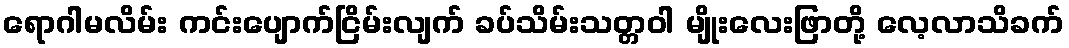
ရောဂါမလိမ်း ကင်းပျောက်ငြိမ်းလျက် ခပ်သိမ်းသတ္တဝါ မျိုးလေးဖြာတို့ လေ့လာသိခက်